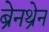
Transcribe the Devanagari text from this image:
ब्रेनथ्रेन